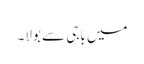
میں باجی سے بولا۔